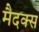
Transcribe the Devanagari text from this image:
मैदक्स